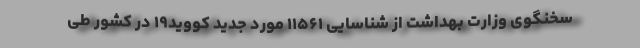
سخنگوی وزارت بهداشت از شناسایی ۱۱۵۶۱ مورد جدید کووید۱۹ در کشور طی